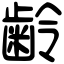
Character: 齢